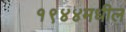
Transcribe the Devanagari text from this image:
१९४४मधील